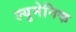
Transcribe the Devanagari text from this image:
ल्युमेनिक